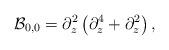
LaTeX: \begin{align*}\mathcal B_{0,0} = \partial_z^2\left(\partial_z^4 + \partial_z^2\right),\end{align*}